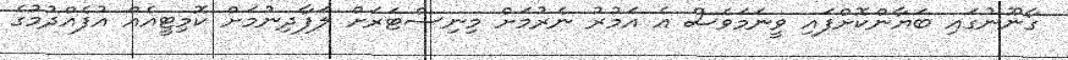
ގާނޫނުގައި ބަޔާންކޮށްފައި ވީނަމަވެސް އެ އަމުރު ނެރުމަށް މިނިސްޓަރަށް ލަފާދިނުމަށް ކޮމިޓީއެއް އުފެއްދުމުގެ